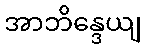
အာဘိန္ဒေယျ